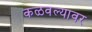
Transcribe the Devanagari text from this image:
कळवल्यावर